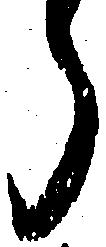
ら